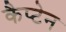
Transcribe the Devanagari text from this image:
कैप्‍टेन